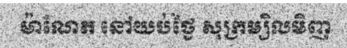
ម៉ាណែត នៅយប់ថ្ងៃ សុក្រម្សិលមិញ